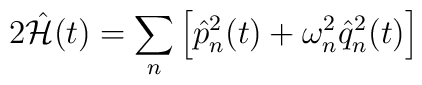
2\hat{{\cal H}}(t)=\sum_n\left[\hat{p}_n^2(t)+\omega^2_n\hat{q}_n^2(t)\right]